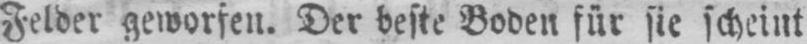
Felder geworfen. Der beste Boden für sie scheint